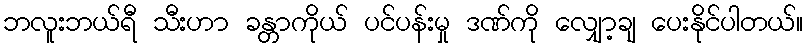
ဘလူးဘယ်ရီ သီးဟာ ခန္တာကိုယ် ပင်ပန်းမှု ဒဏ်ကို လျှော့ချ ပေးနိုင်ပါတယ်။